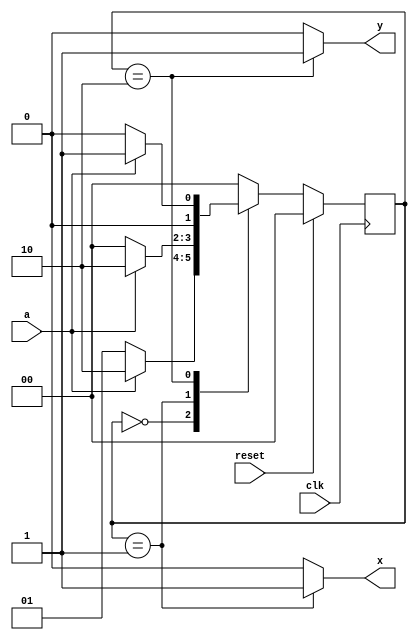
module fsm3_case (
   input       clk,
   input       reset,
   input       a,
   output reg  x,
   output reg  y);
   
   parameter S0 = 2'h0;
   parameter S1 = 2'h1;
   parameter S2 = 2'h2;
   
   reg [1:0] state, next_state;
   
   always @(posedge clk)
      if (reset)
         state <= S0;
      else
         state <= next_state;
         
   always @(*) begin
      x = 0;
      y = 0;
      case (state)
         S0: begin
            if (a)
               next_state = S2;
            else
               next_state = S1;
         end
         S1: begin
            x = 1;
            if (a)
               next_state = S2;
            else
               next_state = S0;
         end
         S2: begin
            y = 1;
            if (a)
               next_state = S1;
            else
               next_state = S0;
         end
         default: begin
            next_state = S0;
         end
      endcase
   end
   
endmodule